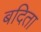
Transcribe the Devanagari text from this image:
बदिता